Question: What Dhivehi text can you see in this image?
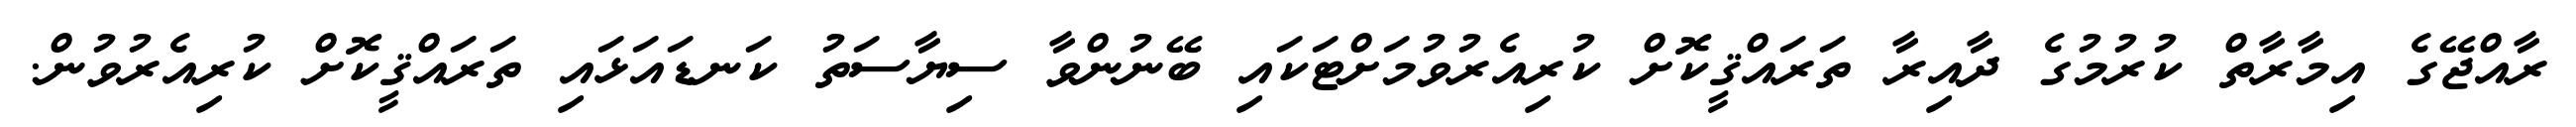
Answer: ރާއްޖޭގެ އިމާރާތް ކުރުމުގެ ދާއިރާ ތަރައްޤީކޮށް ކުރިއެރުވުމަށްޓަކައި ބޭނުންވާ ސިޔާސަތު ކަނޑައަޅައި ތަރައްޤީކޮށް ކުރިއެރުވުން.